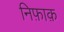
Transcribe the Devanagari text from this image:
निफ़ाक़